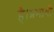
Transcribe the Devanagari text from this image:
है।प्रभावी